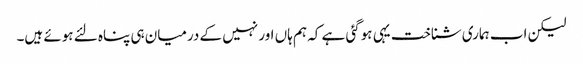
لیکن اب ہماری شناخت یہی ہوگئی ہے کہ ہم ہاں اور نہیں کے درمیان ہی پناہ لئے ہوئے ہیں۔